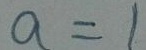
a = 1